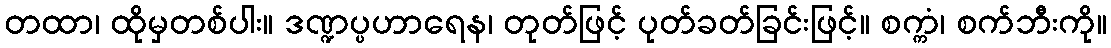
တထာ၊ ထိုမှတစ်ပါး။ ဒဏ္ဍပ္ပဟာရေန၊ တုတ်ဖြင့် ပုတ်ခတ်ခြင်းဖြင့်။ စက္ကံ၊ စက်ဘီးကို။